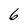
Character: 6